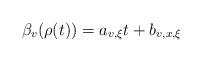
LaTeX: \begin{align*}\beta_v(\rho(t)) = a_{v,\xi} t+b_{v,x,\xi}\end{align*}